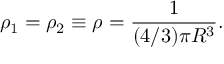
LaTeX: \rho _ { 1 } = \rho _ { 2 } \equiv \rho = \frac { 1 } { ( 4 / 3 ) \pi R ^ { 3 } } .